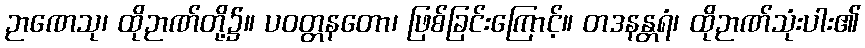
ဉာဏေသု၊ ထိုဉာဏ်တို့၌။ ပဝတ္တနတော၊ ဖြစ်ခြင်းကြောင့်။ တဒနန္တရံ၊ ထိုဉာဏ်သုံးပါး၏